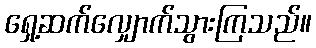
ရှေ့ဆက်လျှောက်သွားကြသည်။